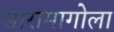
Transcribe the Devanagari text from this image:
सारामागोला